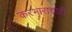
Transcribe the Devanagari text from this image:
करभाराचाही